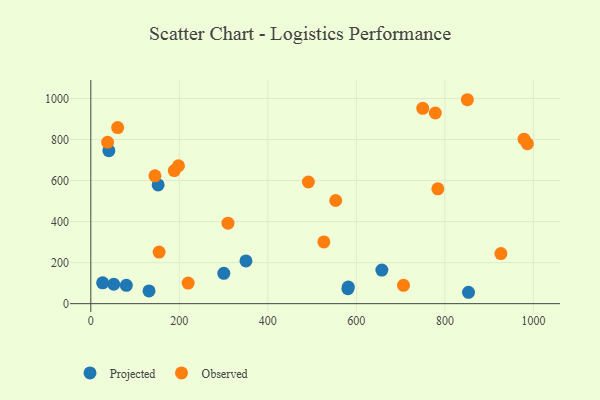
{"axis": {"x": "Experience", "y": "Fuel Efficiency"}, "legend": ["Observed", "Projected"], "data": [{"x": "80.2", "y": 89.3, "type": "Projected"}, {"x": "40.8", "y": 745.5, "type": "Projected"}, {"x": "51.8", "y": 94.7, "type": "Projected"}, {"x": "580.8", "y": 72.6, "type": "Projected"}, {"x": "300.5", "y": 148.1, "type": "Projected"}, {"x": "26.7", "y": 101.7, "type": "Projected"}, {"x": "657.6", "y": 163.5, "type": "Projected"}, {"x": "350.5", "y": 208.5, "type": "Projected"}, {"x": "581.8", "y": 80.9, "type": "Projected"}, {"x": "853.4", "y": 55.5, "type": "Projected"}, {"x": "152.1", "y": 578.9, "type": "Projected"}, {"x": "131.5", "y": 62.2, "type": "Projected"}, {"x": "926.6", "y": 243.9, "type": "Observed"}, {"x": "526.6", "y": 301.1, "type": "Observed"}, {"x": "850.8", "y": 994.0, "type": "Observed"}, {"x": "60.7", "y": 858.4, "type": "Observed"}, {"x": "188.6", "y": 648.9, "type": "Observed"}, {"x": "978.9", "y": 801.8, "type": "Observed"}, {"x": "491.6", "y": 592.9, "type": "Observed"}, {"x": "154.3", "y": 251.5, "type": "Observed"}, {"x": "219.9", "y": 100.2, "type": "Observed"}, {"x": "986.4", "y": 779.9, "type": "Observed"}, {"x": "706.5", "y": 89.4, "type": "Observed"}, {"x": "198.1", "y": 672.1, "type": "Observed"}, {"x": "553.3", "y": 502.8, "type": "Observed"}, {"x": "37.9", "y": 786.8, "type": "Observed"}, {"x": "145.0", "y": 622.9, "type": "Observed"}, {"x": "750.0", "y": 952.1, "type": "Observed"}, {"x": "778.4", "y": 929.3, "type": "Observed"}, {"x": "309.9", "y": 392.5, "type": "Observed"}, {"x": "784.1", "y": 559.8, "type": "Observed"}]}